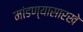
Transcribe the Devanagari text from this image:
मांडण्यासारखे